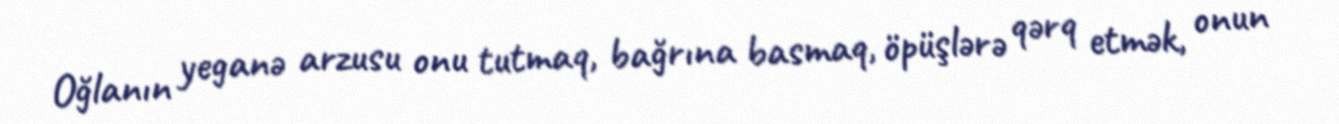
Oğlanın yeganə arzusu onu tutmaq, bağrına basmaq, öpüşlərə qərq etmək, onun